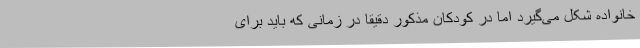
خانواده شکل می‌گیرد اما در کودکان مذکور دقیقا در زمانی که باید برای